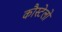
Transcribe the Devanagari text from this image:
कौस्टेलो